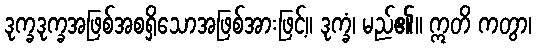
ဒုက္ခဒုက္ခအဖြစ်အစရှိသောအဖြစ်အားဖြင့်။ ဒုက္ခံ၊ မည်၏။ ဣတိ ကတွာ၊